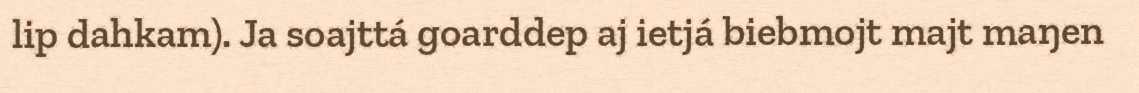
lip dahkam). Ja soajttá goarddep aj ietjá biebmojt majt maŋen